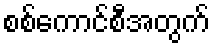
စစ်ကောင်စီအတွက်